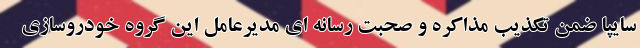
سایپا ضمن تکذیب مذاکره و صحبت رسانه ای مدیرعامل این گروه خودروسازی